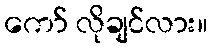
ကော် လိုချင်လား။